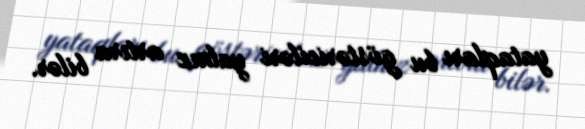
yataqları bu göstəriciləri yalnız artıra bilər.